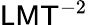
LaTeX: {\mathsf{L}}{\mathsf{M}}{\mathsf{T}}^{-2}